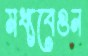
মধ্যবেগুন